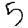
Digit: 5